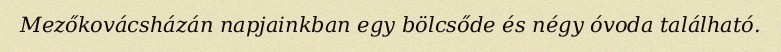
Mezőkovácsházán napjainkban egy bölcsőde és négy óvoda található.